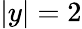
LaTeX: |y|=2